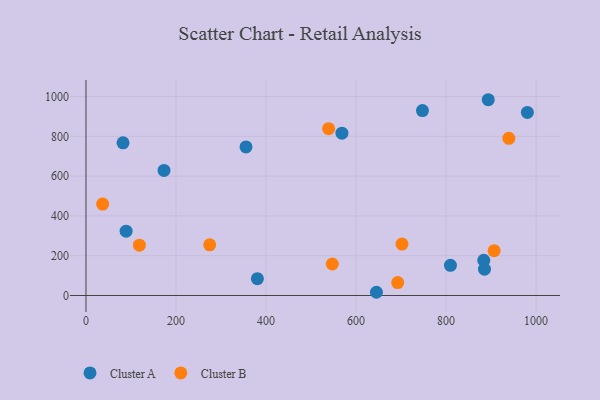
{"axis": {"x": "Engine Size", "y": "Salary"}, "legend": ["Cluster A", "Cluster B"], "data": [{"x": "747.5", "y": 929.2, "type": "Cluster A"}, {"x": "809.7", "y": 151.6, "type": "Cluster A"}, {"x": "355.5", "y": 746.6, "type": "Cluster A"}, {"x": "173.4", "y": 628.8, "type": "Cluster A"}, {"x": "82.3", "y": 767.2, "type": "Cluster A"}, {"x": "645.3", "y": 16.2, "type": "Cluster A"}, {"x": "380.8", "y": 84.4, "type": "Cluster A"}, {"x": "89.2", "y": 323.4, "type": "Cluster A"}, {"x": "980.6", "y": 920.3, "type": "Cluster A"}, {"x": "885.3", "y": 132.2, "type": "Cluster A"}, {"x": "893.7", "y": 983.9, "type": "Cluster A"}, {"x": "568.6", "y": 815.6, "type": "Cluster A"}, {"x": "883.7", "y": 177.1, "type": "Cluster A"}, {"x": "692.5", "y": 65.0, "type": "Cluster B"}, {"x": "547.2", "y": 158.4, "type": "Cluster B"}, {"x": "37.0", "y": 459.4, "type": "Cluster B"}, {"x": "939.4", "y": 789.9, "type": "Cluster B"}, {"x": "702.0", "y": 258.6, "type": "Cluster B"}, {"x": "906.8", "y": 225.1, "type": "Cluster B"}, {"x": "274.9", "y": 254.7, "type": "Cluster B"}, {"x": "539.1", "y": 838.6, "type": "Cluster B"}, {"x": "118.7", "y": 252.9, "type": "Cluster B"}]}